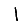
Digit: 1